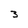
Character: 3